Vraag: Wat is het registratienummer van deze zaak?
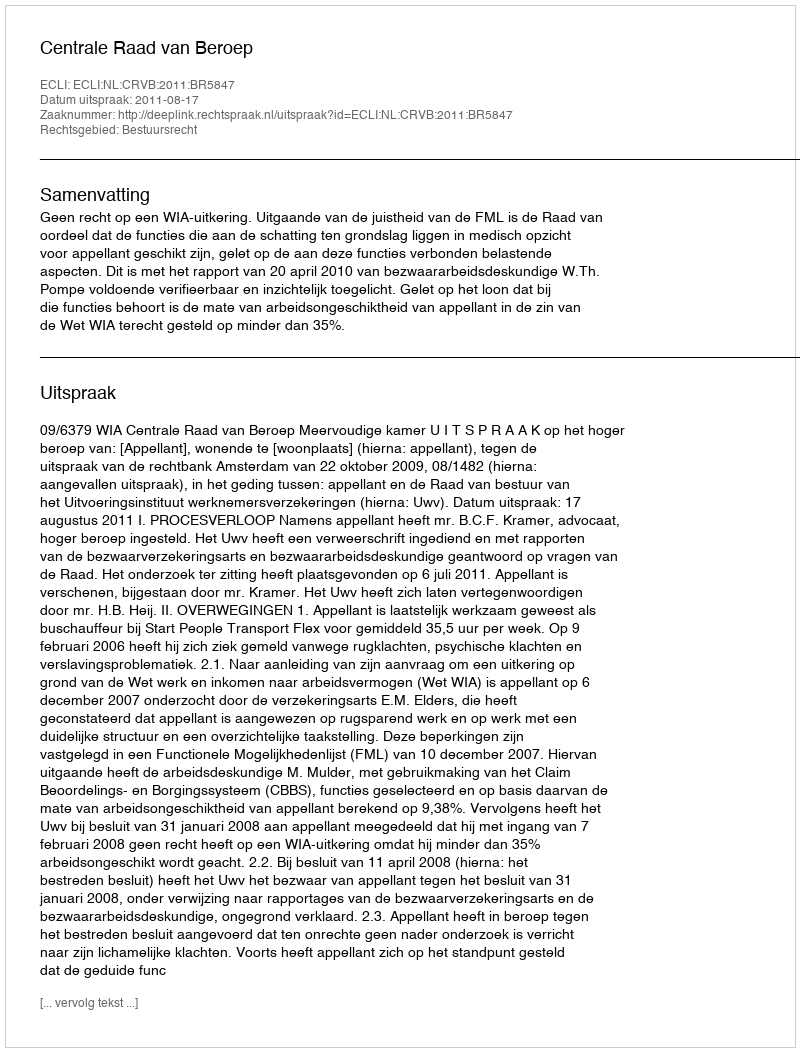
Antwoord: http://deeplink.rechtspraak.nl/uitspraak?id=ECLI:NL:CRVB:2011:BR5847